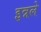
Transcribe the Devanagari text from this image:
इन्नले